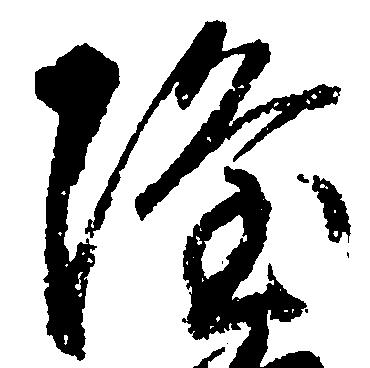
隆